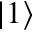
\left| 1 \right\rangle